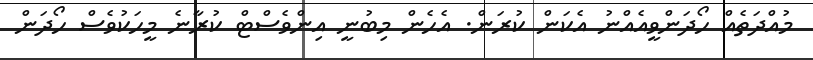
މުއްދަތެއް ހޯދަންވީއެއްނު އެކަން ކުރަން. އެހެން މިބުނީ އިންވެސްޓް ކުރާނެ މީހަކުވެސް ހޯދަން